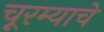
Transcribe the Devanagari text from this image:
चूरम्याचे